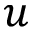
u